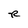
Character: R